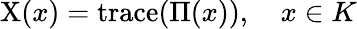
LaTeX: \mathrm{X}(x)=\operatorname{trace}(\Pi(x)),\quad x\in K